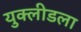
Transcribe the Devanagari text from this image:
युक्लीडला